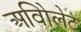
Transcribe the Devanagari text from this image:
अविोलेट